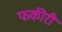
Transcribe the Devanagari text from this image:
फकीरी